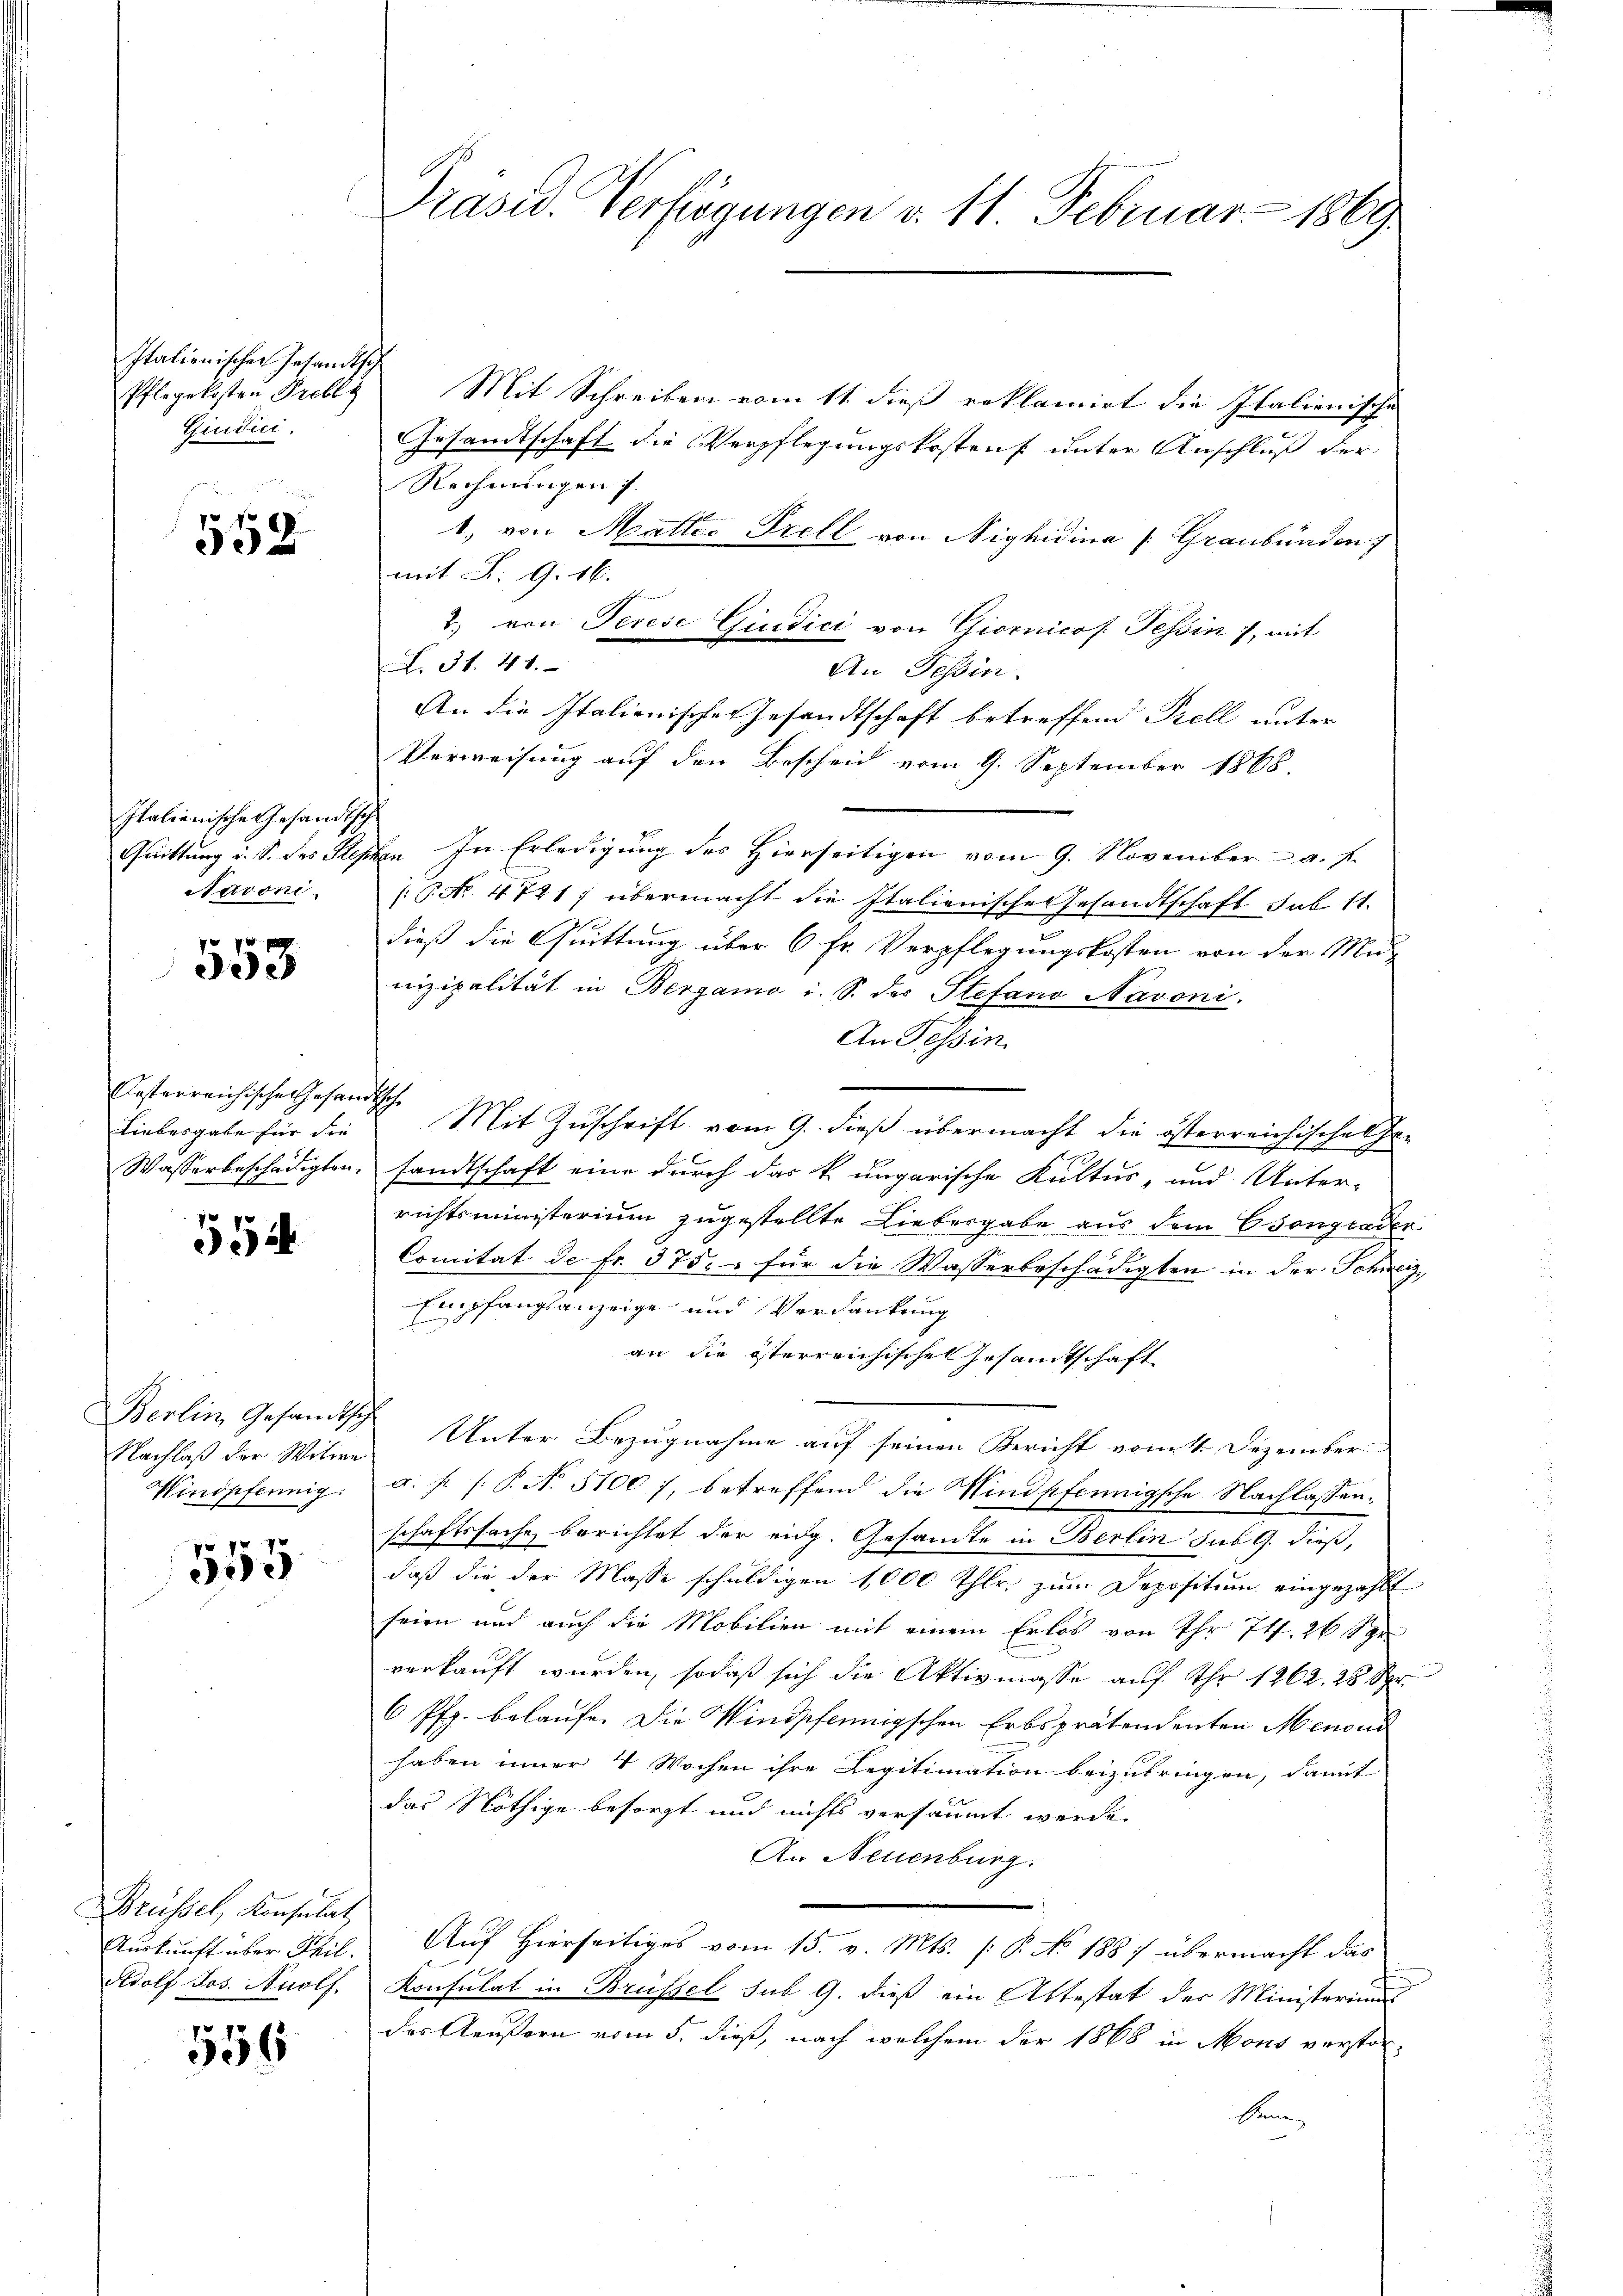
Italienischen Gesandtsch
Pflegekosten Probli
Giudici,

552.

Italienische Gesandtsch
Quittung u. S. des Step
Navoni.

553

Aesterreichische Gesand
Liebesgabe für die
Wasserbeschädigten.

554

Berlin, Gesandtsch
Nachlaß der Witwe
Windpfennig.

555

Brüssel, Konsulat
Auskunft über Phil.
Rdolf Jos. Anolf.

556

Präsid. Verfügungen v. 11. Februar 1869

Mit Schreiben vom 11. dieß reklamirt die Italienische
Gesandtschaft die Verpflegungskostens unter Anschluß der
Rechnungen
1., von Mattes Prell von Nighidina (Graubünden 7
mit K. G. 16.
2. von Terese Giudici von Giornicof. Tessin, mit
N. 31. 41.
An Tessin.
An die Italienischer Gesandtschaft betreffend Prell unter
Verweisung auf den Bescheid vom 9. September 1868.
 In Erledigung des Hierseitigen vom 9. November a. f.
( No. 4721) übermacht die Italienische Gesandtschaft sub 11.
dieß die Quittung über 6 fr. Verpflegungskosten von der Munizipalität in Bergamo i. S. des Stefano Navoni.
An Tessin.
Ich. Mit Zuschrift vom 9. dieß übermacht die österreichische Fre
F
sandtschaft eine durch das k. ungarische Kultus, und Unter-
richtsministerium zugestellte Liebergabe aus dem Csongrader
Comitat de fr. 375. für die Wasserbeschädigten in der Schweiz
Empfangsanzeige und Verdankung
an die österreichischen Gesamtschaft
Unter Bezugnahme auf seinen Bericht vom 4. Dezember
a. h. /: P. N. 5100), betreffend die Windpfennigsche Nachlassen.
schaftssache berichtet der eidg. Gesamte in Berlin sub G. dieß,
daß die der Masse schuldigen 1000 Thlr. zum Depositum eingezahlt
seien und auch die Mobilien mit einem Erlös von Ihr 74. 26 Sp
verkauft wurden, sodaß sich die Aktivmasse auf Uhr 1262. 25 Spr
6 Pfg. belaufe. Die Windpfennigschen Erbsprätendenten Menou
haben inner 4 Wochen ihre Legitimation beizubringen, damit
das Nöthige besorgt und nichts versäumt werde.
An Neuenburg.
Auf Hierseitiges vom 15. v. Mts. (: P. No 1887 übermacht das
Konsulat in Brüssel sub 9. dieß ein Attestat der Ministeriums
des Aeußern vom 5. dieß, nach welchem der 1868 in Mons verstor-
ben